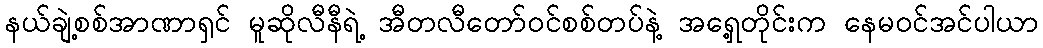
နယ်ချဲ့စစ်အာဏာရှင် မူဆိုလီနီရဲ့ အီတလီတော်ဝင်စစ်တပ်နဲ့ အရှေ့တိုင်းက နေမဝင်အင်ပါယာ